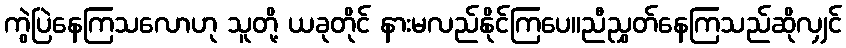
ကွဲပြဲနေကြသလောဟု သူတို့ ယခုတိုင် နားမလည်နိုင်ကြပေ။ညီညွှတ်နေကြသည်ဆိုလျှင်